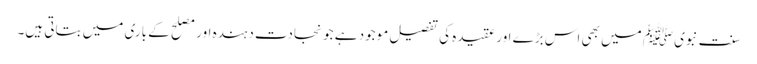
سنت نبویﷺ میں بھی اس بڑے اور عقیدہ کی تفصیل موجود ہے جو نجادت دہندہ اور مصلح کے باری میں بتاتی ہیں۔